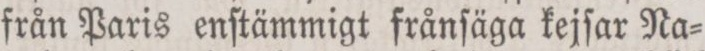
från Paris enſtämmigt frånſäga kejſar Na=